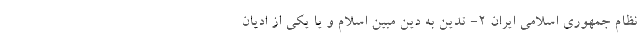
نظام جمهوری اسلامی ایران 2- تدین به دین مبین اسلام و یا یکی از ادیان